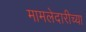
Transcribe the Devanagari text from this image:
मामलेदारीच्या